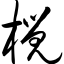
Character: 榄